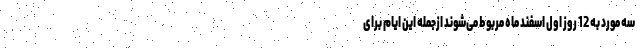
سه مورد به 12 روز اول اسفند ماه مربوط می‌شوند ازجمله این ایام برای